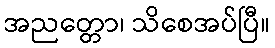
အညတ္တော၊ သိစေအပ်ပြီ။